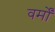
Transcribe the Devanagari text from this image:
वर्मों